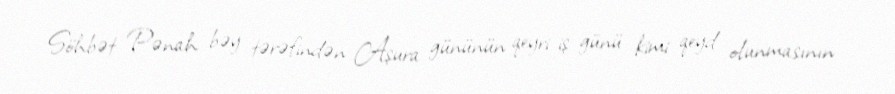
Söhbət Pənah bəy tərəfindən Aşura gününün qeyri-iş günü kimi qeyd olunmasının